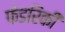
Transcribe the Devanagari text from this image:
फेडरिकी